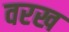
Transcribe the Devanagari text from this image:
वरख